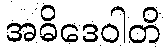
အဓိဒေဝါတိ